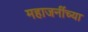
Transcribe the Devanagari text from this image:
महाजनींच्या